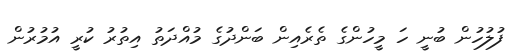
ފުލުހުން ބުނީ ހަ މީހުންގެ ތެރެއިން ބަންދުގެ މުއްދަތު އިތުރު ކުރީ އުމުރުން